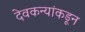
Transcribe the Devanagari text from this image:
देवकन्यांकडून